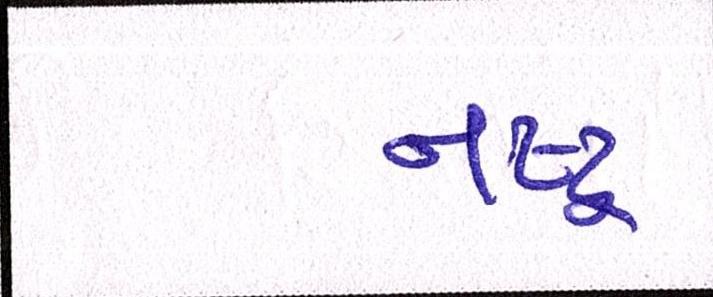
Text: નષ્ટ્ર